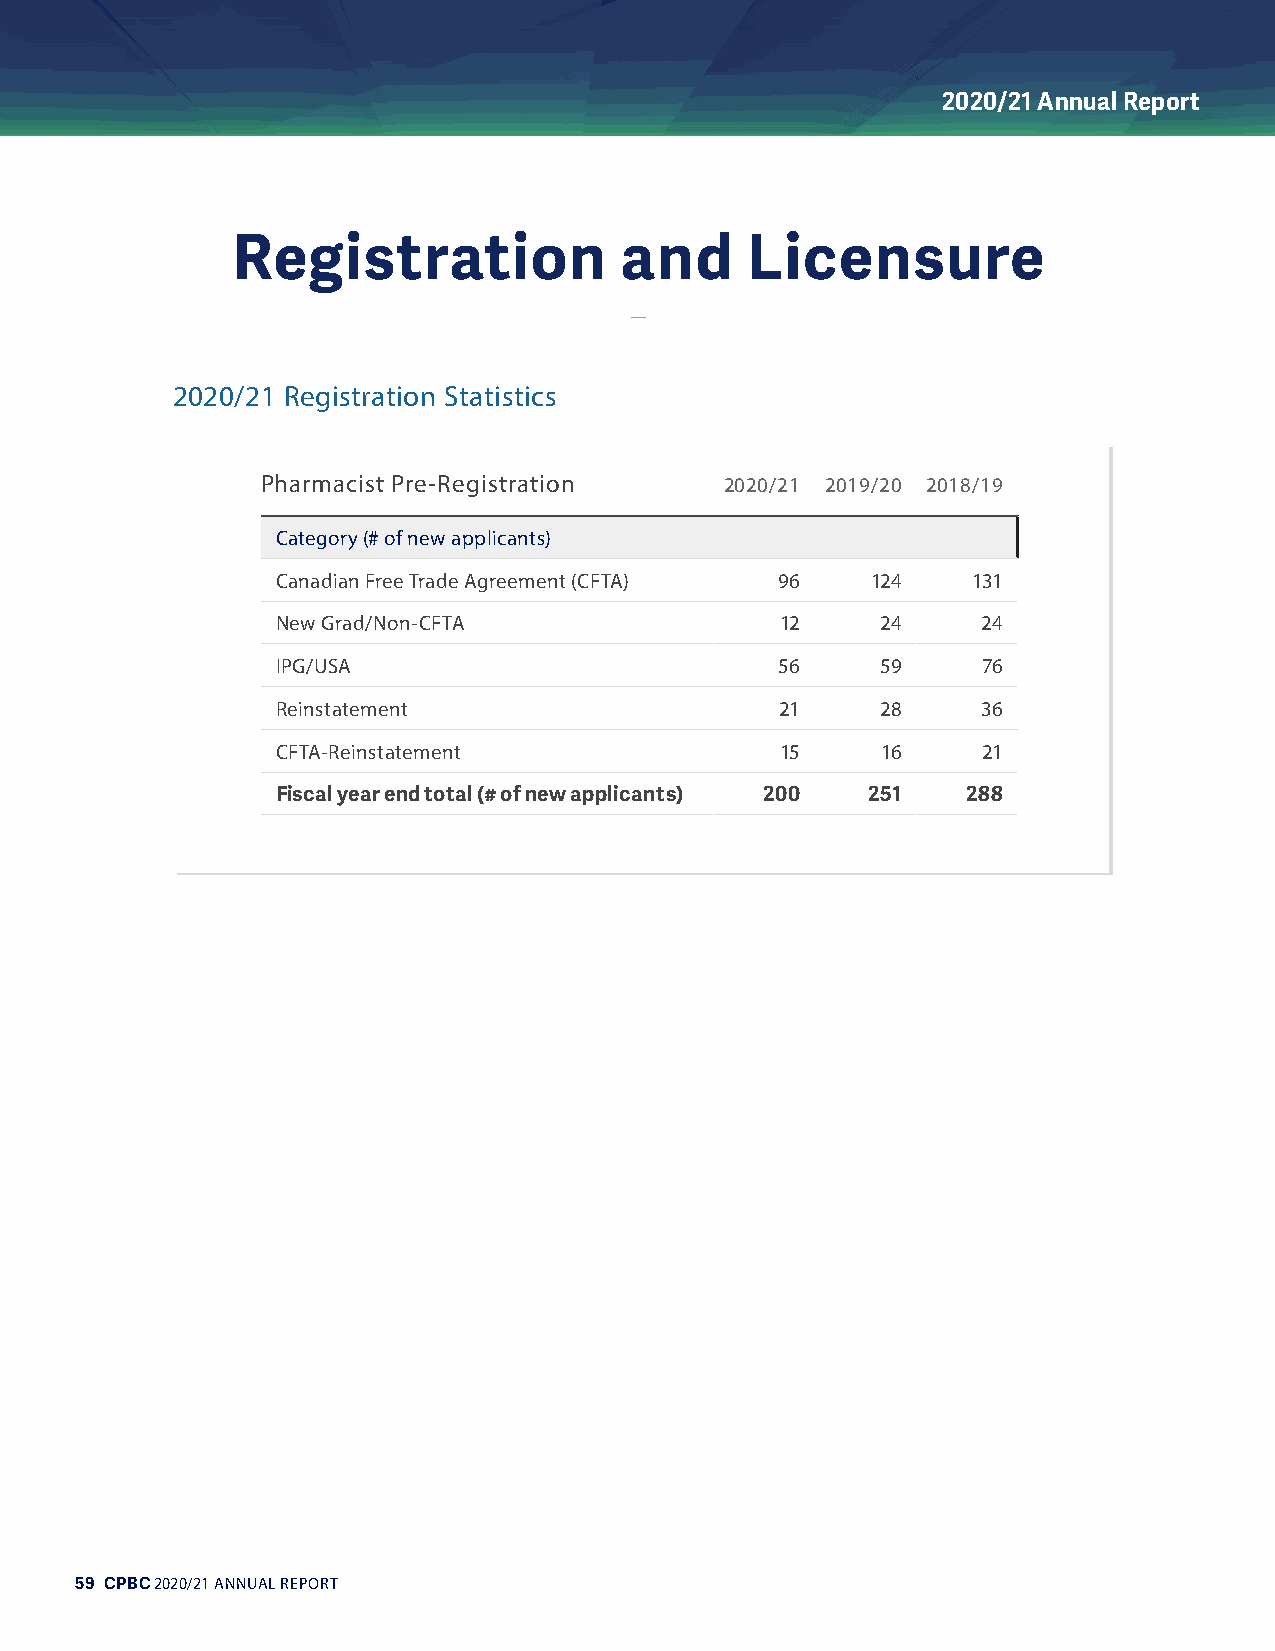
2020/21 Annual Report
 Registration              and     Licensure
 2020/21 Registration Statistics
 Pharmacist Pre-Registration    2020/21 2019/20 2018/19
 Category (# of new applicants)
 Canadian Free Trade Agreement (CFTA) 96 124   131
 New Grad/Non-CFTA                 12    24     24
 IPG/USA                           56    59     76
 Reinstatement                     21    28     36
 CFTA-Reinstatement                15    16     21
 Fiscal year end total (# of new applicants) 200 251 288
 59 CPBC 2020/21 ANNUAL REPORT